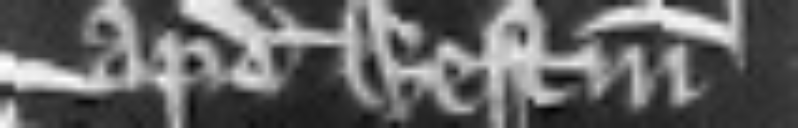
apud Westmonasterium